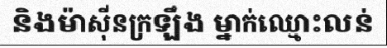
និងម៉ាស៊ីនក្រឡឹង ម្នាក់ឈ្មោះលន់